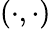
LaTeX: \left(\cdot,\cdot\right)